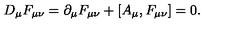
D _ { \mu } F _ { \mu \nu } = \partial _ { \mu } F _ { \mu \nu } + [ A _ { \mu } , F _ { \mu \nu } ] = 0 .